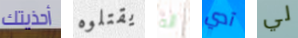
أحذيتك يقتلوه أنه آدي لي